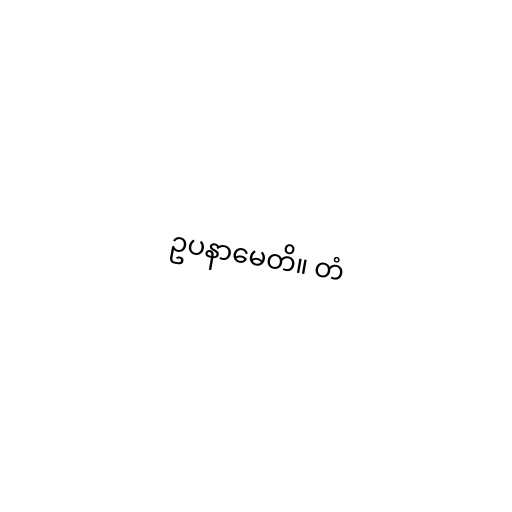
ဥပနာမေတိ။ တံ